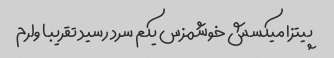
پیتزا میکسش خوشمزس یکم سرد رسید تقریبا ولرم